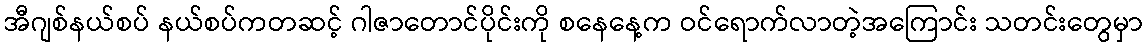
အီဂျစ်နယ်စပ် နယ်စပ်ကတဆင့် ဂါဇာတောင်ပိုင်းကို စနေနေ့က ဝင်ရောက်လာတဲ့အကြောင်း သတင်းတွေမှာ